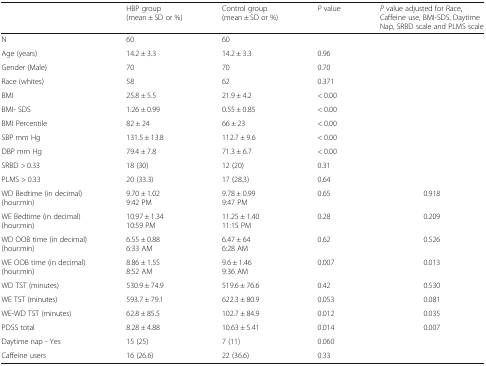
<table><thead><tr><td></td><td><b>HBP group (mean ± SD or %)</b></td><td><b>Control group (mean ± SD or %)</b></td><td><b><i>P</i> value</b></td><td><b><i>P</i> value adjusted for Race, Caffeine use, BMI-SDS, Daytime Nap, SRBD scale and PLMS scale</b></td></tr></thead><tbody><tr><td>N</td><td>60</td><td>60</td><td></td><td></td></tr><tr><td>Age (years)</td><td>14.2 ± 3.3</td><td>14.2 ± 3.3</td><td>0.96</td><td></td></tr><tr><td>Gender (Male)</td><td>70</td><td>70</td><td>0.70</td><td></td></tr><tr><td>Race (whites)</td><td>58</td><td>62</td><td>0.371</td><td></td></tr><tr><td>BMI</td><td>25.8 ± 5.5</td><td>21.9 ± 4.2</td><td>&lt; 0.00</td><td></td></tr><tr><td>BMI- SDS</td><td>1.26 ± 0.99</td><td>0.55 ± 0.85</td><td>&lt; 0.00</td><td></td></tr><tr><td>BMI Percentile</td><td>82 ± 24</td><td>66 ± 23</td><td>&lt; 0.00</td><td></td></tr><tr><td>SBP mm Hg</td><td>131.5 ± 13.8</td><td>112.7 ± 9.6</td><td>&lt; 0.00</td><td></td></tr><tr><td>DBP mm Hg</td><td>79.4 ± 7.8</td><td>71.3 ± 6.7</td><td>&lt; 0.00</td><td></td></tr><tr><td>SRBD &gt; 0.33</td><td>18 (30)</td><td>12 (20)</td><td>0.31</td><td></td></tr><tr><td>PLMS &gt; 0.33</td><td>20 (33.3)</td><td>17 (28.3)</td><td>0.64</td><td></td></tr><tr><td>WD Bedtime (in decimal)(hour:min)</td><td>9.70 ± 1.029:42 PM</td><td>9.78 ± 0.999:47 PM</td><td>0.65</td><td>0.918</td></tr><tr><td>WE Bedtime (in decimal)(hour:min)</td><td>10.97 ± 1.3410:59 PM</td><td>11.25 ± 1.4011:15 PM</td><td>0.28</td><td>0.209</td></tr><tr><td>WD OOB time (in decimal)(hour:min)</td><td>6.55 ± 0.886:33 AM</td><td>6.47 ± 646:28 AM</td><td>0.62</td><td>0.526</td></tr><tr><td>WE OOB time (in decimal)(hour:min)</td><td>8.86 ± 1.558:52 AM</td><td>9.6 ± 1.469:36 AM</td><td>0.007</td><td>0.013</td></tr><tr><td>WD TST (minutes)</td><td>530.9 ± 74.9</td><td>519.6 ± 76.6</td><td>0.42</td><td>0.530</td></tr><tr><td>WE TST (minutes)</td><td>593.7 ± 79.1</td><td>622.3 ± 80.9</td><td>0.053</td><td>0.081</td></tr><tr><td>WE-WD TST (minutes)</td><td>62.8 ± 85.5</td><td>102.7 ± 84.9</td><td>0.012</td><td>0.035</td></tr><tr><td>PDSS total</td><td>8.28 ± 4.88</td><td>10.63 ± 5.41</td><td>0.014</td><td>0.007</td></tr><tr><td>Daytime nap - Yes</td><td>15 (25)</td><td>7 (11)</td><td>0.060</td><td></td></tr><tr><td>Caffeine users</td><td>16 (26.6)</td><td>22 (36.6)</td><td>0.33</td><td></td></tr></tbody></table>